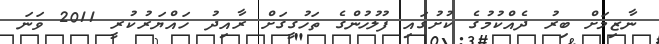
ނާޒިމަށް ބިރު ދެއްކުމުގެ ކުށުގައި ފުލުހުންގެ ތަހުގީގަށް ރާއިދު ހައްޔަރުކުރީ 2011 ވަނަ